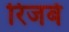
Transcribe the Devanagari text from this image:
रिजर्ब